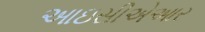
આઇસીએઆર